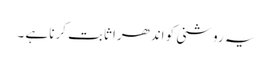
یہ روشنی کو اندھرا ثابت کرنا ہے ۔